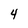
Character: 4